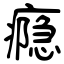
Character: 瘾